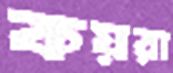
কয়রা